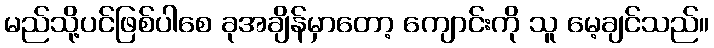
မည်သို့ပင်ဖြစ်ပါစေ ခုအချိန်မှာတော့ ကျောင်းကို သူ မေ့ချင်သည်။